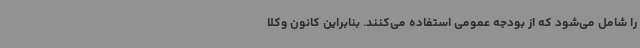
را شامل می‌شود که از بودجه عمومی استفاده می‌کنند. بنابراین کانون وکلا